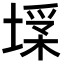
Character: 𡎽